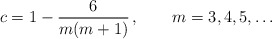
\begin{align*}c = 1 - \frac{6}{m(m+1)} \,, \qquad m=3,4,5,\ldots\end{align*}